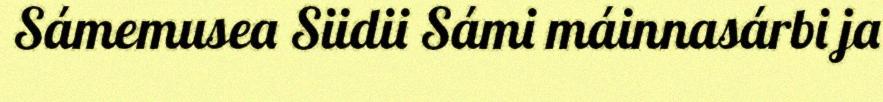
Sámemusea Siidii Sámi máinnasárbi ja